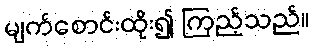
မျက်စောင်းထိုး၍ ကြည့်သည်။